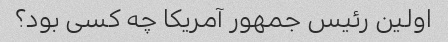
اولین رئیس جمهور آمریکا چه کسی بود؟